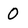
Character: 0